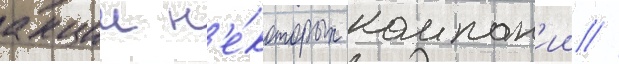
акции н'е́которых компан'ии //